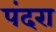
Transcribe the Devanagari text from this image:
पंदरा